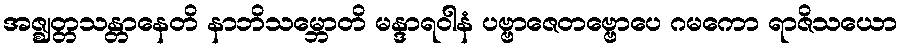
အဇ္ဈတ္တသန္တာနေတိ နာဘိသမ္ဘောတိ မန္ဒာရဝါနံ ပဗ္ဗာဇေတဗ္ဗောပေ ဂမကော ရာဇိသယော